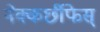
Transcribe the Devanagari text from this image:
नेक्कर्छीफेस्